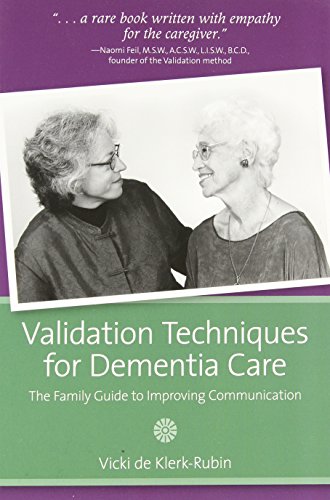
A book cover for Validation Techniques for Dementia Care; Vicki De Klerk-Rubin RN  MBA  MSW; Medical Books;